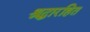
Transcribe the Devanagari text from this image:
श्रद्धारहित